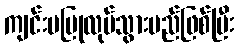
ကျင်းပပြုလုပ်သွားမည်ဖြစ်ပြီး